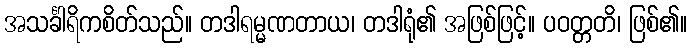
အသင်္ခါရိကစိတ်သည်။ တဒါရမ္မဏတာယ၊ တဒါရုံ၏ အဖြစ်ဖြင့်။ ပဝတ္တတိ၊ ဖြစ်၏။